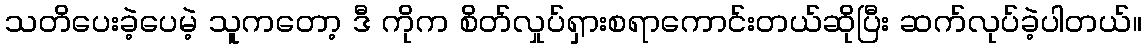
သတိပေးခဲ့ပေမဲ့ သူကတော့ ဒီ ကိုက စိတ်လှုပ်ရှားစရာကောင်းတယ်ဆိုပြီး ဆက်လုပ်ခဲ့ပါတယ်။